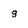
Character: g